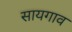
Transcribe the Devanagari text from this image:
सायगाव